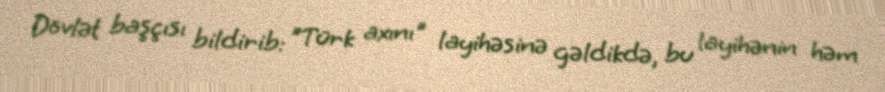
Dövlət başçısı bildirib: "Türk axını" layihəsinə gəldikdə, bu layihənin həm